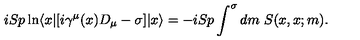
i S p \ln \langle x | [ i \gamma ^ { \mu } ( x ) D _ { \mu } - \sigma ] | x \rangle = - i S p \int ^ { \sigma } d m \ S ( x , x ; m ) .